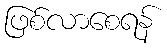
ဖြစ်လာစေရန်